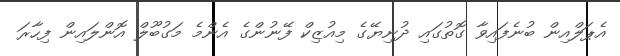
އެޕަލްއިން ބުނެފައިވާ ގޮތުގައި ދުނިޔޭގެ މިއުޒިކް ފޭނުންގެ އެންމެ މަގުބޫލް އޮންލައިން ފިހާރަ